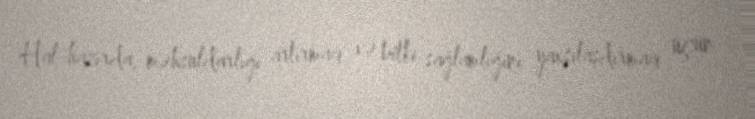
Hal-hazırda, məhsuldarlığı artırmaq və bitki sağlamlığını yaxşılaşdırmaq üçün